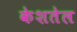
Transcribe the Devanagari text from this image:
केशतेल